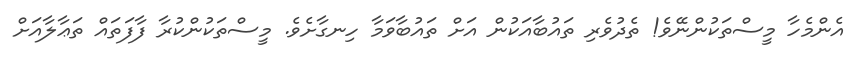
އެންމެހާ މީސްތަކުންނޭވެ! ތެދުވެރި ތައުބާއަކުން އަށް ތައުބާވަމާ ހިނގާށެވެ. މީސްތަކުންކުރާ ފާފަތައް ތަޢާލާއަށް